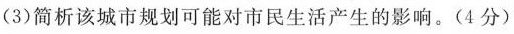
(3)简析该城市规划可能对市民生活产生的影响。(4分)